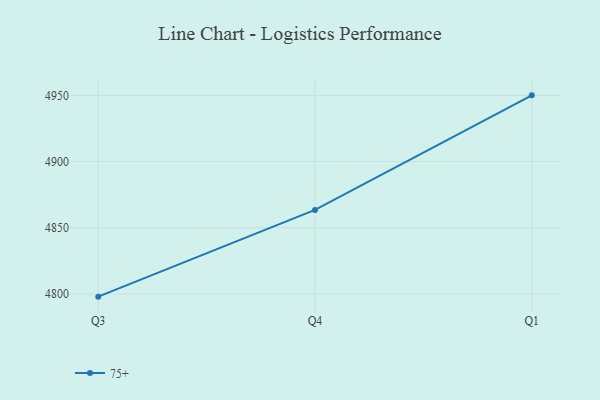
{"axis": {"x": "Quarter", "y": "Production Output"}, "legend": ["75+"], "data": [{"x": "Q3", "y": 4798.0, "type": "75+"}, {"x": "Q4", "y": 4863.5, "type": "75+"}, {"x": "Q1", "y": 4950.0, "type": "75+"}]}